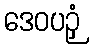
ဒေဝပဉှံ